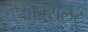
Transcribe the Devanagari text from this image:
आक्सेलेट